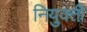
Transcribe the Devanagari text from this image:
नियुक्‍ती